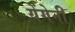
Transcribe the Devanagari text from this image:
येंगेनी